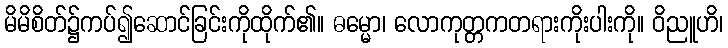
မိမိစိတ်၌ကပ်၍ဆောင်ခြင်းကိုထိုက်၏။ ဓမ္မော၊ လောကုတ္တဂာတရားကိုးပါးကို။ ဝိညူဟိ၊